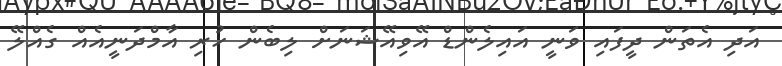
އަދި އެތަން ދީފައި ވަނީ އައިލެންޑް އޭވިއޭޝަނަށް ލިބެން ހުރި އާމްދަނީއެއް ގެއްލޭ